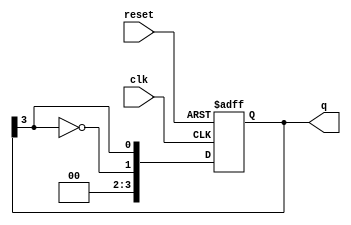
module johnson_counter #(parameter N = 4) (
    input wire clk,          // Clock signal
    input wire reset,        // Asynchronous reset
    output reg [N-1:0] q     // Counter output
);

    always @(posedge clk or posedge reset) begin
        if (reset) begin
            q <= 0;          // Reset the counter to 0
        end else begin
            // Johnson counter logic
            q <= {~q[N-1], q[N-1:N-1]}; // Shift and feedback inverted last bit
        end
    end

endmodule